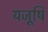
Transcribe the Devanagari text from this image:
यजूषि